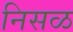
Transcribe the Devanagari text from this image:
निसळ